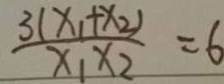
\frac { 3 ( x _ { 1 } + x _ { 2 } ) } { x _ { 1 } x _ { 2 } } = 6